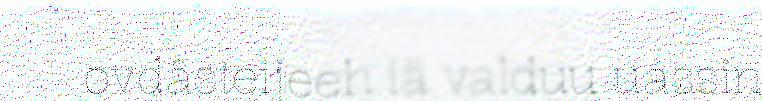
ovdâsteijeeh iä valduu uássin